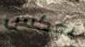
بعكس